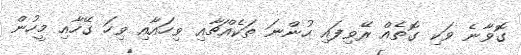
ގޮވާނެ ވަކި ގޮތެއް ރޭވިފައި ހުންނަ ތަކެއްޗާއި ވިހައާއި ވިހަ ގޭހާއި މީހުން